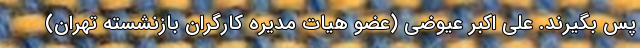
پس بگیرند. علی اکبر عیوضی (عضو هیات مدیره کارگران بازنشسته تهران)